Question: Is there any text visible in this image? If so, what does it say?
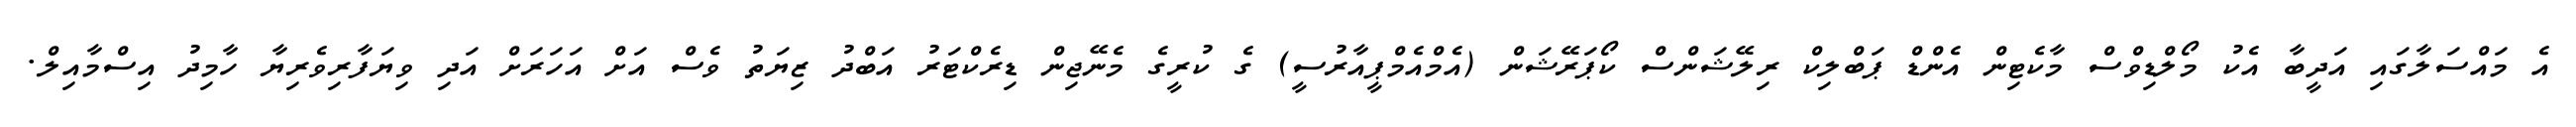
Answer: އެ މައްސަލާގައި އަދީބާ އެކު މޯލްޑިވްސް މާކެޓިން އެންޑް ޕަބްލިކް ރިލޭޝަންސް ކޯޕަރޭޝަން (އެމްއެމްޕީއާރުސީ) ގެ ކުރީގެ މެނޭޖިން ޑިރެކްޓަރު އަބްދު ޒިޔަތު ވެސް އަށް އަހަރަށް އަދި ވިޔަފާރިވެރިޔާ ހާމިދު އިސްމާއިލް.